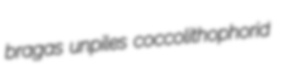
bragas unpiles coccolithophorid